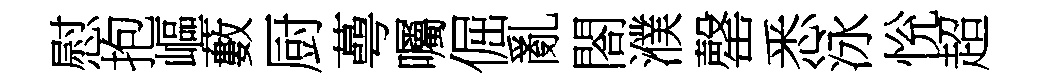
慰抱嶇藪厨蕚囑倔亂閤濮罄悉泳恱超